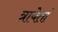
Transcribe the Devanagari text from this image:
त्रायेतां